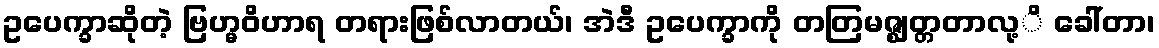
ဥပေက္ခာဆိုတဲ့ ဗြဟ္မဝိဟာရ တရားဖြစ်လာတယ်၊ အဲဒီ ဥပေက္ခာကို တတြမဇ္ဈတ္တတာလု့ိ ခေါ်တာ၊